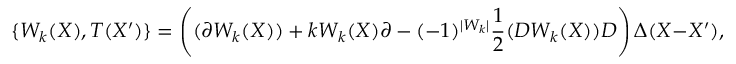
\{ W _ { k } ( X ) , T ( X ^ { \prime } ) \} = \left( ( \partial W _ { k } ( X ) ) + k W _ { k } ( X ) \partial - ( - 1 ) ^ { | W _ { k } | } \frac { 1 } { 2 } ( D W _ { k } ( X ) ) D \right) \Delta ( X - X ^ { \prime } ) ,